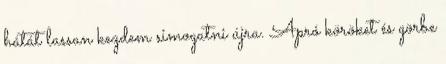
hátát lassan kezdem simogatni újra. Apró köröket és görbe